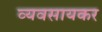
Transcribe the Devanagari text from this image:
व्यवसायकर